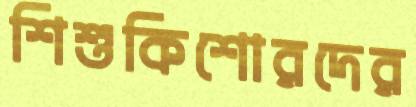
শিশুকিশোরদের